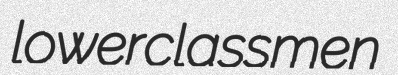
lowerclassmen